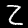
Label: 2